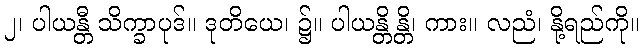
၂၊ ပါယန္တီ သိက္ခာပုဒ်။ ဒုတိယေ၊ ၌။ ပါယန္တိန္တိ၊ ကား။ လညံ၊ နို့ရည်ကို။